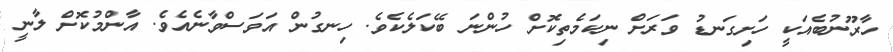
ހާރޫނުބެއަކީ ހަށިގަނޑު ވަރަށް ނިކަމެތިކޮށް ހުންނަ ބޭކަލެކެވެ. ހިނގުން އަވަސްވާނެއެވެ. އާންމުކޮށް ލާނީ